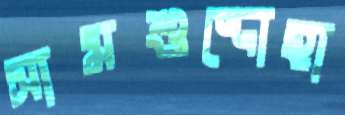
সামশুদ্দোহা